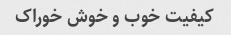
کیفیت خوب و خوش خوراک